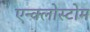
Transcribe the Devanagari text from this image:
एन्क्लोस्टोम